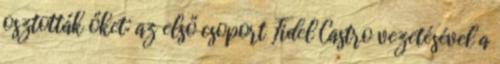
osztották őket: az első csoport Fidel Castro vezetésével a